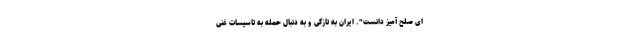
ای صلح آمیز دانست". ایران به تازگی و به دنبال حمله به تاسیسات غنی